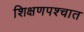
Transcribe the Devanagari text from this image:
शिक्षणपश्चात